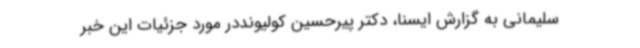
سلیمانی به گزارش ایسنا، دکتر پیرحسین کولیونددر مورد جزئیات این خبر